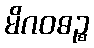
မိဂဝဓဉ္စ